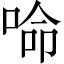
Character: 𠵴